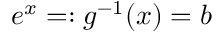
e ^ { x } = : g ^ { - 1 } ( x ) = b